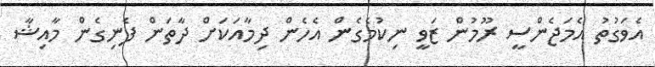
އެވަގުތު އެމަޖެންސީ ރޫމުން ޒަވީ ނިކުމެގެން އެހެން ދިމާއަކަށް ދާތަން ފެނިގެން މާއިޝާ